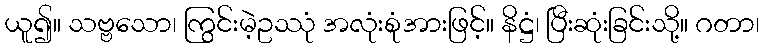
ယူ၍။ သဗ္ဗသော၊ ကြွင်းမဲ့ဥဿုံ အလုံးစုံအားဖြင့်။ နိဋ္ဌံ၊ ပြီးဆုံးခြင်းသို့။ ဂတာ၊